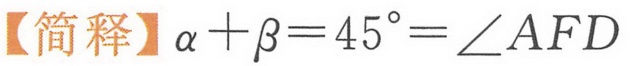
【简释】$\alpha+\beta = 45^{\circ}=\angle AFD$